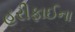
હરીફાઈના